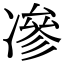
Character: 𠗿